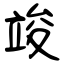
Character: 竣